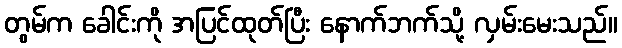
တွမ်က ခေါင်းကို အပြင်ထုတ်ပြီး နောက်ဘက်သို့ လှမ်းမေးသည်။